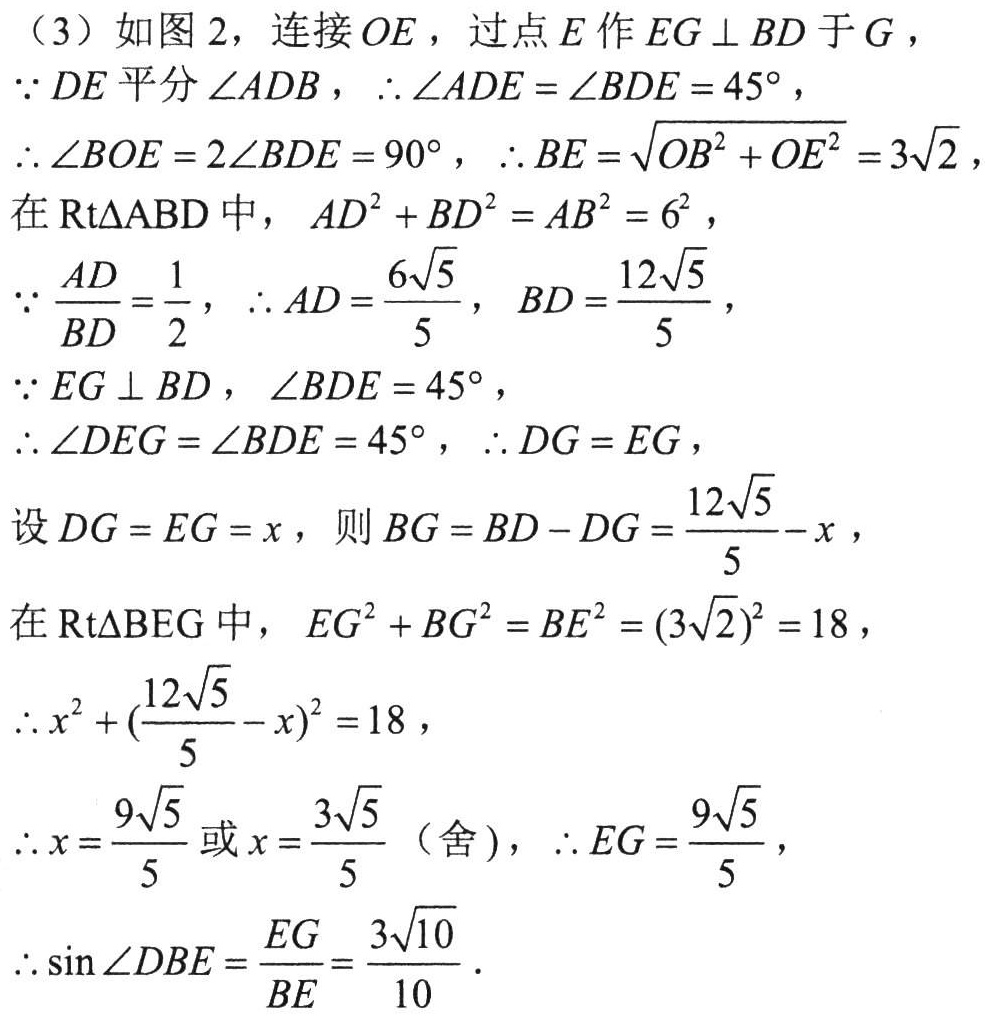
（3）如图2，连接 \(OE\)，过点 \(E\) 作 \(EG\perp BD\) 于 \(G\)，
\(\because DE\) 平分 \(\angle ADB\)，\(\therefore\angle ADE=\angle BDE = 45^{\circ}\)，
\(\therefore\angle BOE = 2\angle BDE=90^{\circ}\)，\(\therefore BE=\sqrt{OB^{2}+OE^{2}} = 3\sqrt{2}\)，
在 \(\text{Rt}\triangle ABD\) 中，\(AD^{2}+BD^{2}=AB^{2}=6^{2}\)，
\(\because\frac{AD}{BD}=\frac{1}{2}\)，\(\therefore AD = \frac{6\sqrt{5}}{5}\)，\(BD=\frac{12\sqrt{5}}{5}\)，
\(\because EG\perp BD\)，\(\angle BDE = 45^{\circ}\)，
\(\therefore\angle DEG=\angle BDE = 45^{\circ}\)，\(\therefore DG = EG\)，
设 \(DG = EG=x\)，则 \(BG=BD - DG=\frac{12\sqrt{5}}{5}-x\)，
在 \(\text{Rt}\triangle BEG\) 中，\(EG^{2}+BG^{2}=BE^{2}=(3\sqrt{2})^{2}=18\)，
\(\therefore x^{2}+(\frac{12\sqrt{5}}{5}-x)^{2}=18\)，
\(\therefore x=\frac{9\sqrt{5}}{5}\) 或 \(x=\frac{3\sqrt{5}}{5}\)（舍），\(\therefore EG=\frac{9\sqrt{5}}{5}\)，
\(\therefore\sin\angle DBE=\frac{EG}{BE}=\frac{3\sqrt{10}}{10}\).